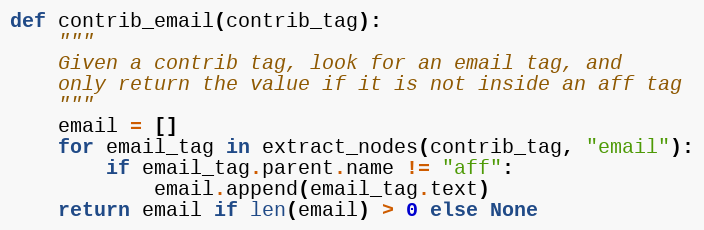
Language: Python
def contrib_email(contrib_tag):
    """
    Given a contrib tag, look for an email tag, and
    only return the value if it is not inside an aff tag
    """
    email = []
    for email_tag in extract_nodes(contrib_tag, "email"):
        if email_tag.parent.name != "aff":
            email.append(email_tag.text)
    return email if len(email) > 0 else None